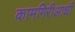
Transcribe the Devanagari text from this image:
कामगिरीआधी